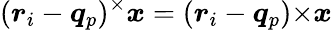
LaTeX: (\boldsymbol{r}_{i}-\boldsymbol{q}_{p})^{\times}\boldsymbol{x}=(\boldsymbol{r}_{i}-\boldsymbol{q}_{p}){\times}\boldsymbol{x}